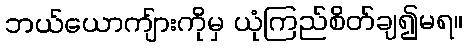
ဘယ်ယောကျ်ားကိုမှ ယုံကြည်စိတ်ချ၍မရ။